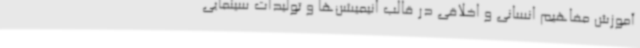
آموزش مفاهیم انسانی و اخلاقی در قالب انیمیشن‌ها و تولیدات سینمایی